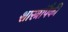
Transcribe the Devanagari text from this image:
शास्त्रांपैकी